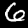
Label: 6